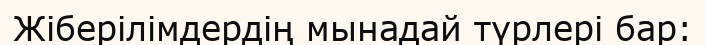
Жіберілімдердің мынадай түрлері бар: